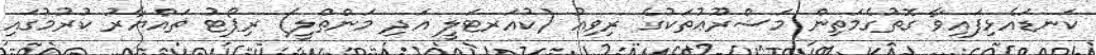
ކަނޑައެޅިފައިވާ ގޮތުގެމަތިން މަޝްރޫޢުތަކުގެ ރިވިއު (ކުއަރޓަލީ އަދި މަންތްލީ) ރިޕޯޓު ތައްޔާރު ކުރުމުގައި